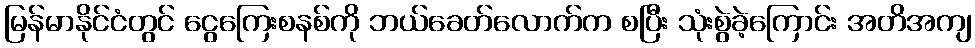
မြန်မာနိုင်ငံတွင် ငွေကြေးစနစ်ကို ဘယ်ခေတ်လောက်က စပြီး သုံးစွဲခဲ့ကြောင်း အတိအကျ